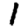
Digit: 1